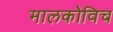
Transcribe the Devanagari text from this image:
मालकोविच